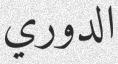
الدوري